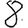
Digit: 8